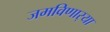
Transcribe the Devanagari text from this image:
जमविणार्‍या